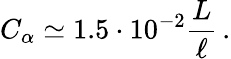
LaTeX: C_{\alpha}\simeq 1.5\cdot 10^{-2}\frac{L}{\ell}\, .